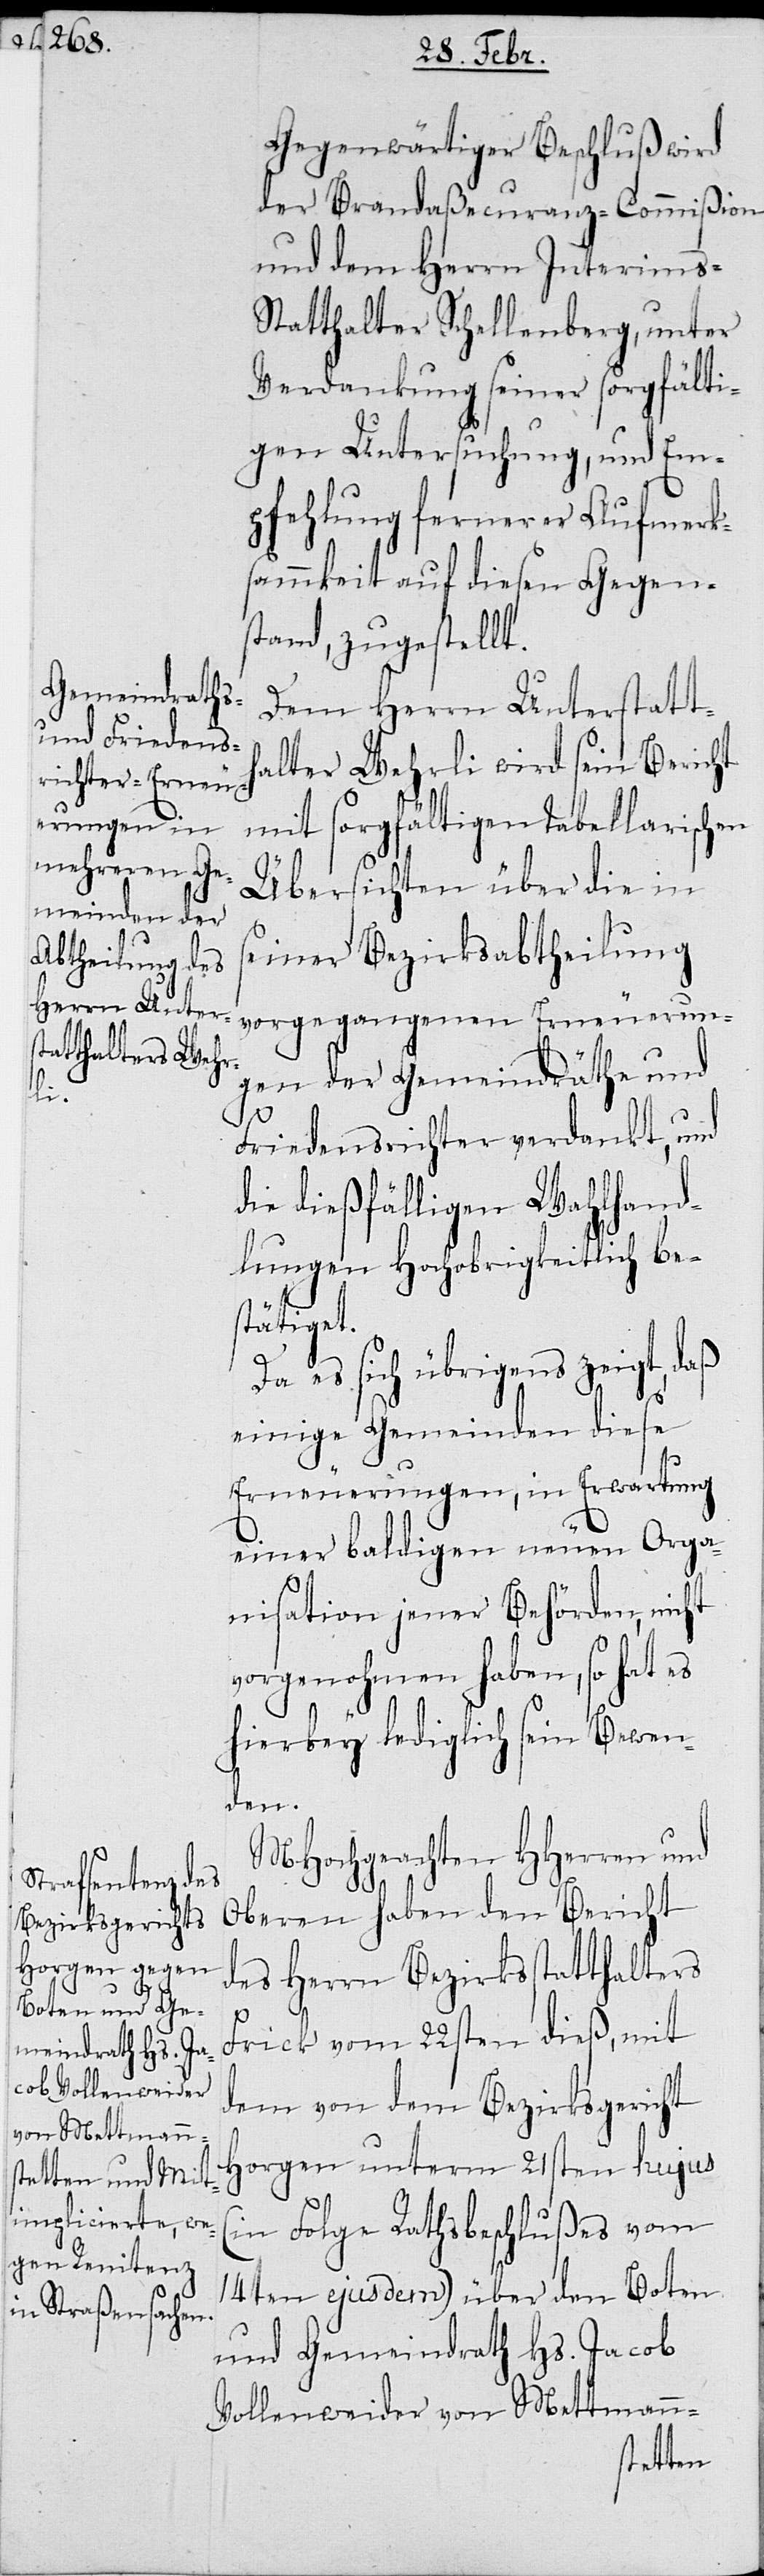
Gegenwärtiger Beschluß wird
der Brandaßecuranz-Commißion
und dem Herrn Interims-S¬
tatthalter Schellenberg, unter
Verdankung seiner sorgfälti¬
gen Untersuchung, und Em¬
pfehlung fernerer Aufmerk¬
samkeit auf diesen Gegen¬
stand, zugestellt.
Dem Herrn Unterstatth¬
alter Wehrli wird sein Bericht
mit sorgfältigen tabellarischen
Übersichten über die in
seiner Bezirksabteilung
vorgegangenen Erneuerun¬
gen der Gemeindräthe und
Friedensrichter verdankt, und
die dießfälligen Wahlhand¬
lungen Hochobrigkeitlich be¬
stätigt.
Da es sich übrigens zeigt, daß
einige Gemeinden diese
Erneuerungen, in Erwartung
einer baldigen neuen Orga¬
nisation jener Behörden, nicht
vorgenohmen haben, so hat es
hierbey lediglich sein Bewen¬
den.
MHochgeachten HHerren und
Oberen haben den Bericht
des Herrn Bezirksstatthalters
Frick vom 22sten dieß, mit
dem von dem Bezirksgericht
Horgen unterm 21sten hujus
(in Folge Rathsbeschlußes vom
14ten ejusdem) über den Boten
und Gemeindrath Hs. Jacob
Vollenweider von Mettmann-